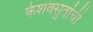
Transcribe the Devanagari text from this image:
केशवसुतांची